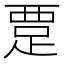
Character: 𬦭